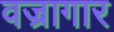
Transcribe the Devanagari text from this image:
वज्रागार